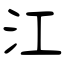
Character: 江